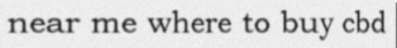
near me where to buy cbd